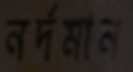
নর্দমান